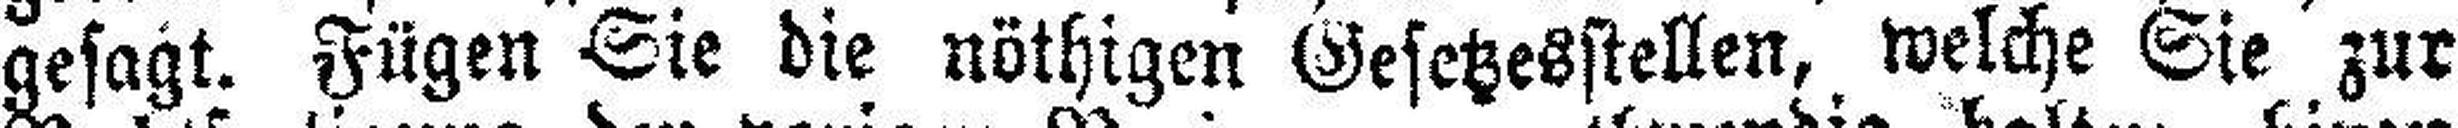
gesagt. Fügen Sie die nöthigen Gesetzesstellen, welche Sie zur